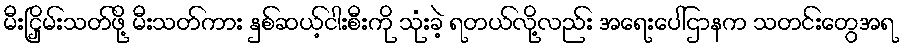
မီးငြှိမ်းသတ်ဖို့ မီးသတ်ကား နှစ်ဆယ့်ငါးစီးကို သုံးခဲ့ ရတယ်လို့လည်း အရေးပေါ်ဌာနက သတင်းတွေအရ